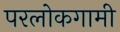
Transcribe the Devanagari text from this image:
परलोकगामी